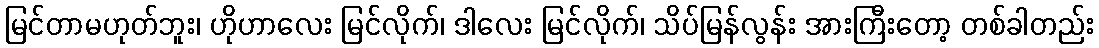
မြင်တာမဟုတ်ဘူး၊ ဟိုဟာလေး မြင်လိုက်၊ ဒါလေး မြင်လိုက်၊ သိပ်မြန်လွန်း အားကြီးတော့ တစ်ခါတည်း